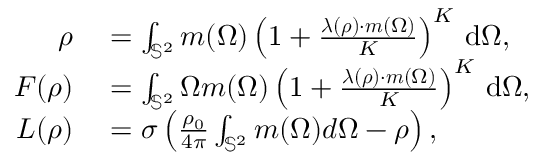
\begin{array} { r l } { \boldsymbol { \rho } } & { { } = \int _ { \mathbb { S } ^ { 2 } } \boldsymbol { m } ( \Omega ) \left( 1 + \frac { \boldsymbol { \lambda } ( \boldsymbol { \rho } ) \cdot \boldsymbol { m } ( \Omega ) } { K } \right) ^ { K } \, \mathrm { d } \Omega , } \\ { \boldsymbol { F } ( \boldsymbol { \rho } ) } & { { } = \int _ { \mathbb { S } ^ { 2 } } \Omega \boldsymbol { m } ( \Omega ) \left( 1 + \frac { \boldsymbol { \lambda } ( \boldsymbol { \rho } ) \cdot \boldsymbol { m } ( \Omega ) } { K } \right) ^ { K } \, \mathrm { d } \Omega , } \\ { \boldsymbol { L } ( \boldsymbol { \rho } ) } & { { } = \sigma \left( \frac { \rho _ { 0 } } { 4 \pi } \int _ { \mathbb { S } ^ { 2 } } \boldsymbol { m } ( \Omega ) d \Omega - \boldsymbol { \rho } \right) , } \end{array}